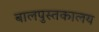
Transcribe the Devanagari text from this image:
बालपुस्तकालय